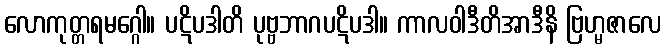
လောကုတ္တရမဂ္ဂေါ။ ပဋိပဒါတိ ပုဗ္ဗဘာဂပဋိပဒါ။ ကာလဝါဒီတိအာဒီနိ ဗြဟ္မဇာလေ